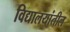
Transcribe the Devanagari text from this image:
विद्यालयांतील